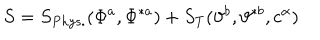
S = S _ { P h y s . } ( \Phi ^ { a } , \Phi ^ { \ast a } ) + S _ { T } ( \vartheta ^ { b } , \vartheta ^ { \ast b } , c ^ { \alpha } )